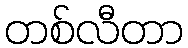
တစ်လီတာ